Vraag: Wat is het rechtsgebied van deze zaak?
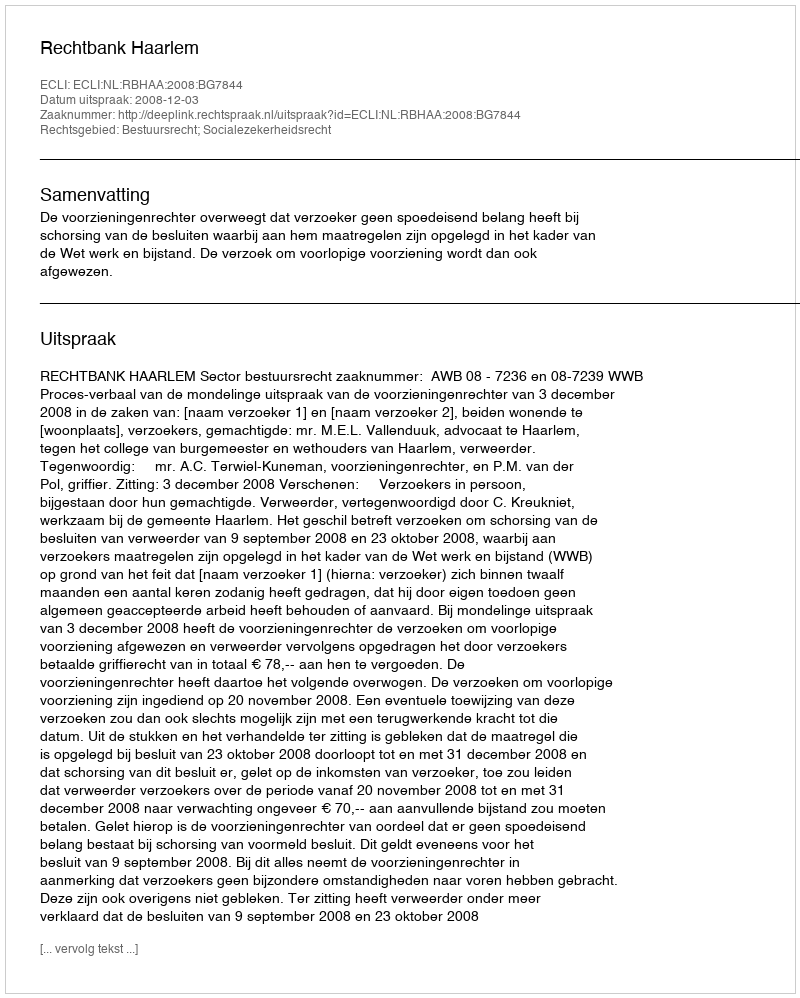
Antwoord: Bestuursrecht; Socialezekerheidsrecht